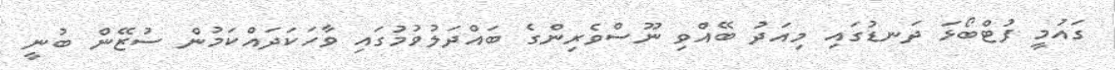
ގައުމީ ފުޓްބޯޅަ ދަނޑުގައި މިއަދު ބޭއްވި ނޫސްވެރިންގެ ބައްދަލުުވުމުގައި ވާހަކަދައްކަމުން ސުޒޭން ބުނީ